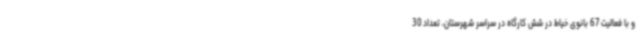
و با فعالیت 67 بانوی خیاط در شش کارگاه در سراسر شهرستان، تعداد 30